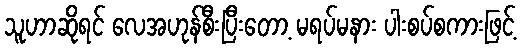
သူဟာဆိုရင် လေအဟုန်စီးပြီးတော့ မရပ်မနား ပါးစပ်စကားဖြင့်